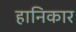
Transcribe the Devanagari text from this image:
हानिकार